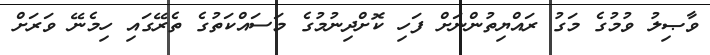
ވާޞިލު ވުމުގެ މަގު ރައްޔިތުންނަށް ފަހި ކޮށްދިނުމުގެ މަސައްކަތުގެ ތެރޭގައި ހިމެނޭ ވަރަށް